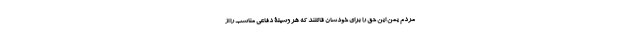
مردم یمن این حق را برای خودشان قائلند که هر وسیلۀ دفاعی مناسب را از